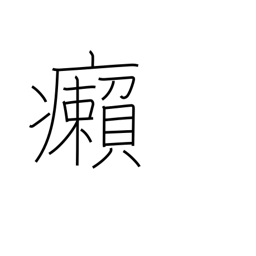
Meaning: leprosy